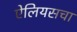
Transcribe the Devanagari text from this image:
ऐलियसचा